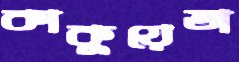
কাকুয়েতা